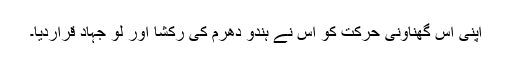
اپنی اس گھناونی حرکت کو اس نے ہندو دھرم کی رکشا اور لو جہاد قراردیا۔